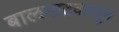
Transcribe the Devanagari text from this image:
बालनाटकातून